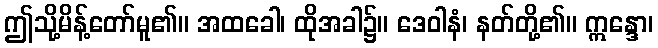
ဤသို့မိန့်တော်မူ၏။ အထခေါ၊ ထိုအခါ၌။ ဒေဝါနံ၊ နတ်တို့၏။ ဣန္ဒော၊